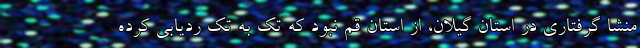
منشا گرفتاری در استان گیلان، از استان قم نبود که تک به تک ردیابی کرده